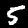
Label: 5